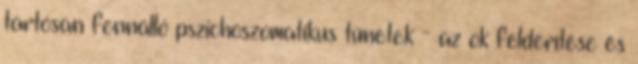
tartósan fennálló pszichoszomatikus tünetek - az ok felderítése és